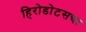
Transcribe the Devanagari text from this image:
हिरोडोटसचा